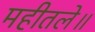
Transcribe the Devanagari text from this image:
महीतले॥